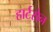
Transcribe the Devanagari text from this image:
हार्टसेन